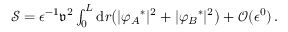
\begin{array} { r } { \mathcal { S } = \epsilon ^ { - 1 } \mathfrak { v } ^ { 2 } \int _ { 0 } ^ { L } \mathrm { d } r \big ( \vert { \varphi _ { A } } ^ { * } \vert ^ { 2 } + \vert { \varphi _ { B } } ^ { * } \vert ^ { 2 } \big ) + \mathcal { O } ( \epsilon ^ { 0 } ) \, . } \end{array}